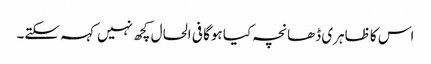
اس کا ظاہری ڈھانچہ کیا ہوگا فی الحال کچھ نہیں کہہ سکتے۔